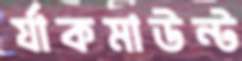
র‍্যাকমাউন্ট